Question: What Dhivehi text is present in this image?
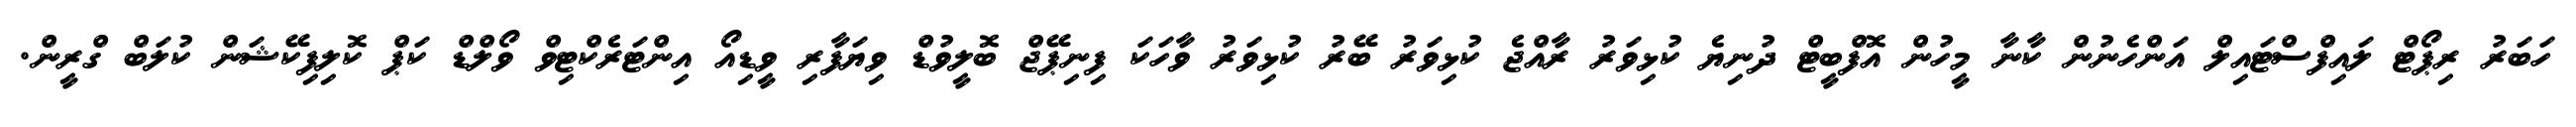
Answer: ހަބަރު ރިޕޯޓް ލައިފްސްޓައިލް އަންހެނުން ކާނާ މީހުން އޮފްބީޓް ދުނިޔެ ކުޅިވަރު ރާއްޖެ ކުޅިވަރު ބޭރު ކުޅިވަރު ވާހަކަ ފިނިޕޭޖް ބޮލީވުޑް ވިޔަފާރި ވީޑިއޯ އިންޓަރެކްޓިވް ވޯލްޑް ކަޕް ކޮލިފިކޭޝަން ކުލަބް ގްރީން.